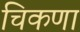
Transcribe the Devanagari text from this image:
चिकणा